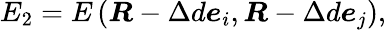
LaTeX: E_{2}=E\left(\boldsymbol{R}-\Delta d\boldsymbol{e}_{i},\boldsymbol{R}-\Delta d\boldsymbol{e}_{j}\right),